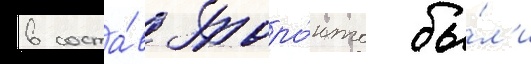
в соста́в торо́нто бы́л'и